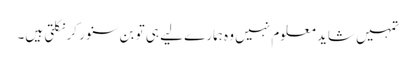
تمہیں شاید معلوم نہیں وہ ہمارے لیے ہی تو بن سنور کر نکلتی ہیں۔